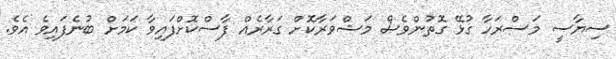
ސިޔާސީ މަސްރަހާ ގުޅޭ ގޮތުންވެސް މަޝްވަރާކޮށް ގަރާރެއް ފާސްކޮށްފައިވާ ކަމަށް ބުނެފައިވެ އެވެ.